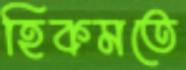
হিকমতে